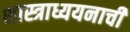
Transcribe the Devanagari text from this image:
शास्त्राध्ययनाची